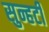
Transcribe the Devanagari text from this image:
सुन्हटी